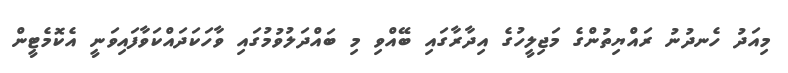
މިއަދު ހެނދުނު ރައްޔިތުންގެ މަޖިލީހުގެ އިދާރާގައި ބޭއްވި މި ބައްދަލުވުމުގައި ވާހަކަދައްކަވާފައިވަނީ އެކޮމެޓީން